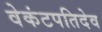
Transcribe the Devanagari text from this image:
वेकंटपतिदेव